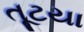
તૂટયા